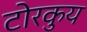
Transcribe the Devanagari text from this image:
टोरकुय